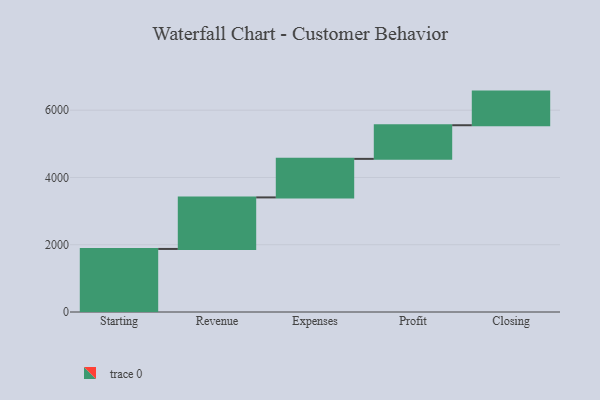
{"axis": {"x": "Step", "y": "Value"}, "legend": [""], "data": [{"x": "Starting", "y": 1875.0, "type": ""}, {"x": "Revenue", "y": 1532.0, "type": ""}, {"x": "Expenses", "y": 1146.0, "type": ""}, {"x": "Profit", "y": 1000, "type": ""}, {"x": "Closing", "y": 1000, "type": ""}]}